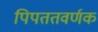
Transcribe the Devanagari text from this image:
पिपततवर्णक